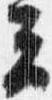
云